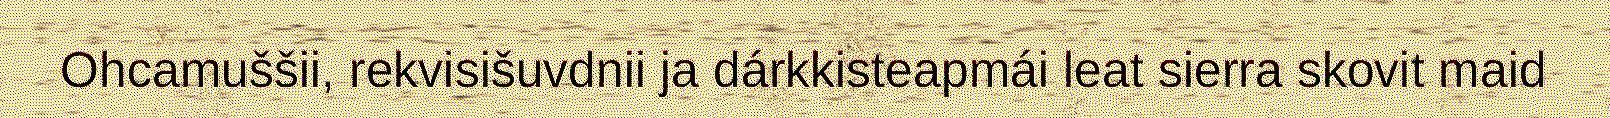
Ohcamuššii, rekvisišuvdnii ja dárkkisteapmái leat sierra skovit maid